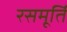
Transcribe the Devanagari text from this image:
रसमूर्ति